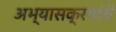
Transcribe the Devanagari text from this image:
अभ्‍यासक्रमांचे